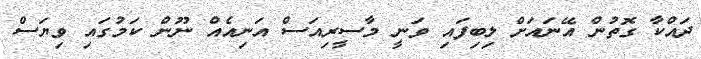
ދައްކާ ގޮތުން އޭނައަށް ލިބިފައި ވަނީ މާސީރިއަސް އަނިއެއް ނޫން ކަމުގައި ވިޔަސް